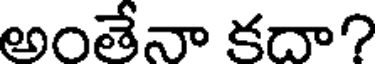
అంతేనా కదా?